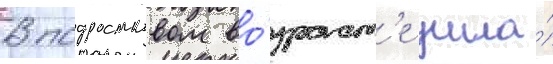
В подростковом во́зраст'е ушла́